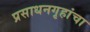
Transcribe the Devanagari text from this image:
प्रसाधनगृहांचा